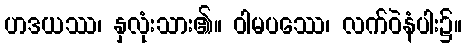
ဟဒယဿ၊ နှလုံးသား၏။ ဝါမပဿေ၊ လက်ဝဲနံပါး၌။